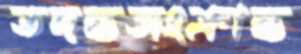
তদন্তসংক্রান্ত